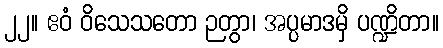
၂၂။ ဧဝံ ဝိသေသတော ဉတွာ၊ အပ္ပမာဒမှိ ပဏ္ဍိတာ။